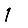
Digit: 1